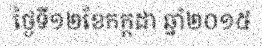
ថ្ងៃទី១២ខែកក្តដា ឆ្នាំ២០១៥